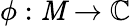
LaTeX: \phi:\mathit{M}\to\mathbb{{C}}